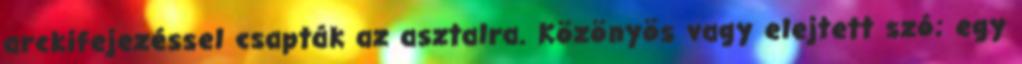
arckifejezéssel csapták az asztalra. Közönyös vagy elejtett szó; egy